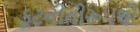
કૂટનીતીરૂપથી